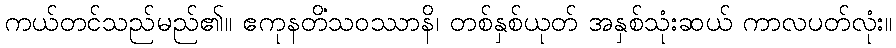
ကယ်တင်သည်မည်၏။ ဧကုနတိံသဝဿာနိ၊ တစ်နှစ်ယုတ် အနှစ်သုံးဆယ် ကာလပတ်လုံး။